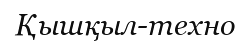
Қышқыл-техно